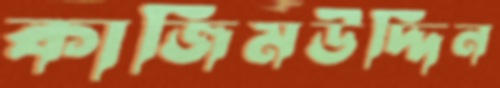
কাজিমউদ্দিন